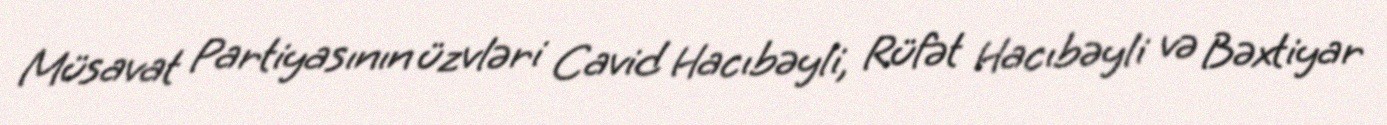
Müsavat Partiyasının üzvləri Cavid Hacıbəyli, Rüfət Hacıbəyli və Bəxtiyar